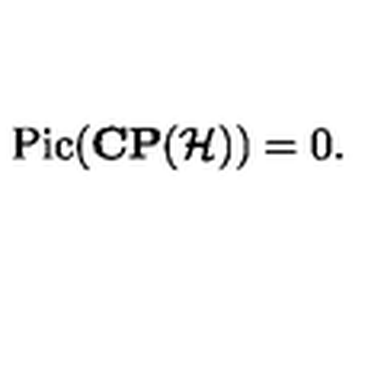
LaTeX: \mathrm { P i c } ( { \bf C P } ( { \cal H } ) ) = 0 .